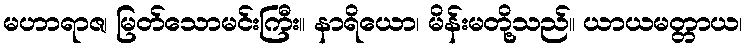
မဟာရာဇ၊ မြတ်သောမင်းကြီး။ နာရိယော၊ မိန်းမတို့သည်။ ယာယမတ္တာယ၊